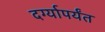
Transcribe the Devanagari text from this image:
दर्ग्यापर्यंत